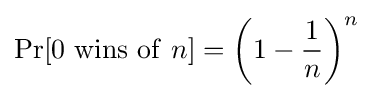
\Pr[0~\mathrm {wins~of} ~n]=\left(1-{\frac {1}{n}}\right)^{n}